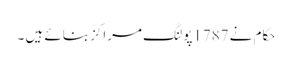
حکام نے 1787پولنگ مراکز بنائے ہیں ۔